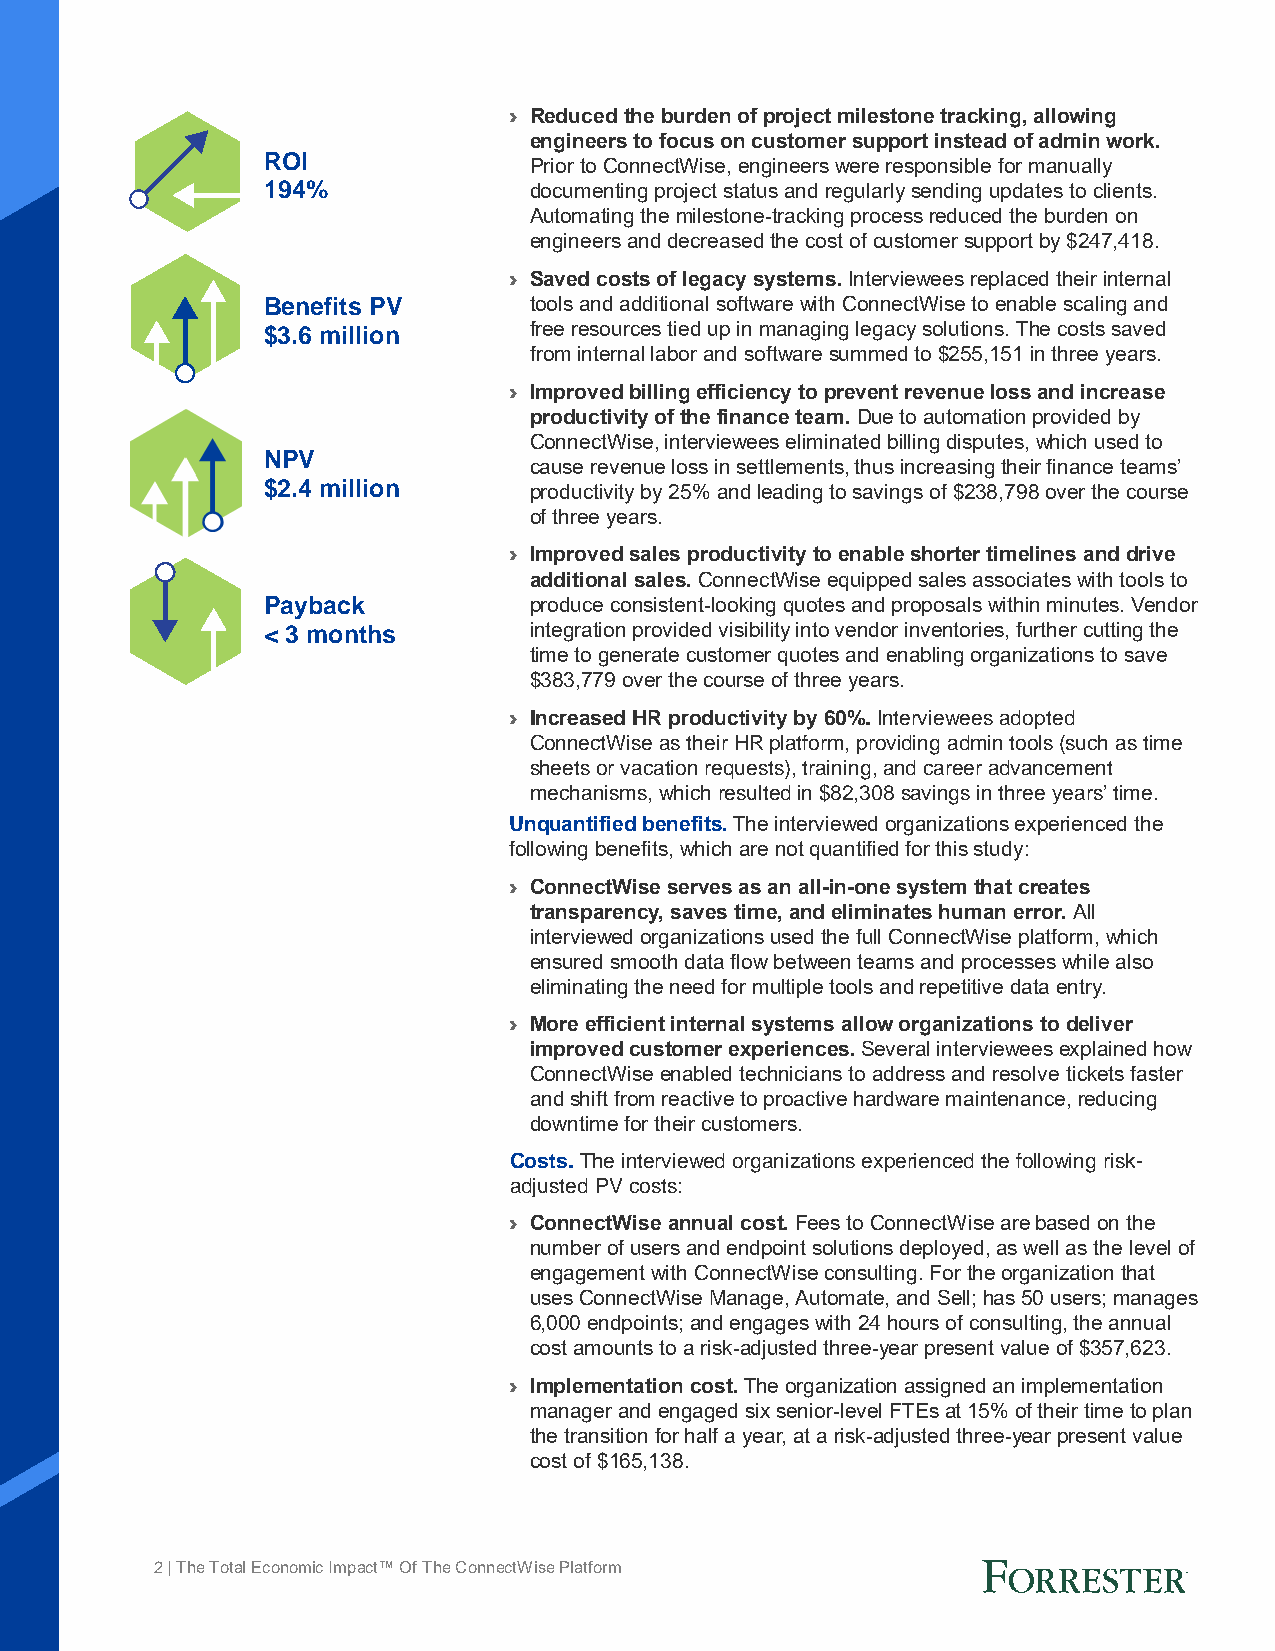
› Reduced the burden of project milestone tracking, allowing
 engineers to focus on customer support instead of admin work.
 ROI
 Prior to ConnectWise, engineers were responsible for manually
 194%              documenting project status and regularly sending updates to clients.
 Automating the milestone-tracking process reduced the burden on
 engineers and decreased the cost of customer support by $247,418.
 › Saved costs of legacy systems. Interviewees replaced their internal
 Benefits PV       tools and additional software with ConnectWise to enable scaling and
 $3.6 million      free resources tied up in managing legacy solutions. The costs saved
 from internal labor and software summed to $255,151 in three years.
 › Improved billing efficiency to prevent revenue loss and increase
 productivity of the finance team. Due to automation provided by
 ConnectWise, interviewees eliminated billing disputes, which used to
 NPV
 cause revenue loss in settlements, thus increasing their finance teams’
 $2.4 million      productivity by 25% and leading to savings of $238,798 over the course
 of three years.
 › Improved sales productivity to enable shorter timelines and drive
 additional sales. ConnectWise equipped sales associates with tools to
 Payback           produce consistent-looking quotes and proposals within minutes. Vendor
 < 3 months        integration provided visibility into vendor inventories, further cutting the
 time to generate customer quotes and enabling organizations to save
 $383,779 over the course of three years.
 › Increased HR productivity by 60%. Interviewees adopted
 ConnectWise as their HR platform, providing admin tools (such as time
 sheets or vacation requests), training, and career advancement
 mechanisms, which resulted in $82,308 savings in three years’ time.
 Unquantified benefits. The interviewed organizations experienced the
 following benefits, which are not quantified for this study:
 › ConnectWise serves as an all-in-one system that creates
 transparency, saves time, and eliminates human error. All
 interviewed organizations used the full ConnectWise platform, which
 ensured smooth data flow between teams and processes while also
 eliminating the need for multiple tools and repetitive data entry.
 › More efficient internal systems allow organizations to deliver
 improved customer experiences. Several interviewees explained how
 ConnectWise enabled technicians to address and resolve tickets faster
 and shift from reactive to proactive hardware maintenance, reducing
 downtime for their customers.
 Costs. The interviewed organizations experienced the following risk-
 adjusted PV costs:
 › ConnectWise annual cost. Fees to ConnectWise are based on the
 number of users and endpoint solutions deployed, as well as the level of
 engagement with ConnectWise consulting. For the organization that
 uses ConnectWise Manage, Automate, and Sell; has 50 users; manages
 6,000 endpoints; and engages with 24 hours of consulting, the annual
 cost amounts to a risk-adjusted three-year present value of $357,623.
 › Implementation cost. The organization assigned an implementation
 manager and engaged six senior-level FTEs at 15% of their time to plan
 the transition for half a year, at a risk-adjusted three-year present value
 cost of $165,138.
 2 | The Total Economic Impact™ Of The ConnectWise Platform